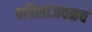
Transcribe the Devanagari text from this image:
वडिलांजवळच